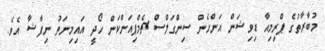
މުބާރާތުގެ ޕްރިމިއާ ޑިވިޝަން އަންހެން ސިންގަލްސް ޗެމްޕިއަންކަން ހޯދީ އައިމިނަތު ނިފާޝާ އެވެ.